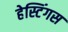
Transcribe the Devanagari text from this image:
हेस्टिंगस